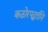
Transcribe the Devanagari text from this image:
कठोरपद्धतीने